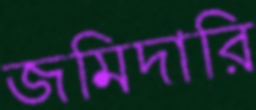
জমিদারি